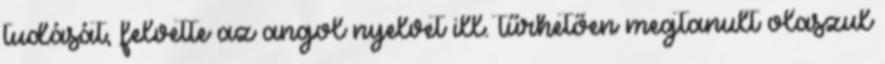
tudását, felvette az angol nyelvet ill. tűrhetően megtanult olaszul